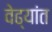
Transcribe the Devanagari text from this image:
वेढ्यांत